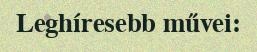
Leghíresebb művei: